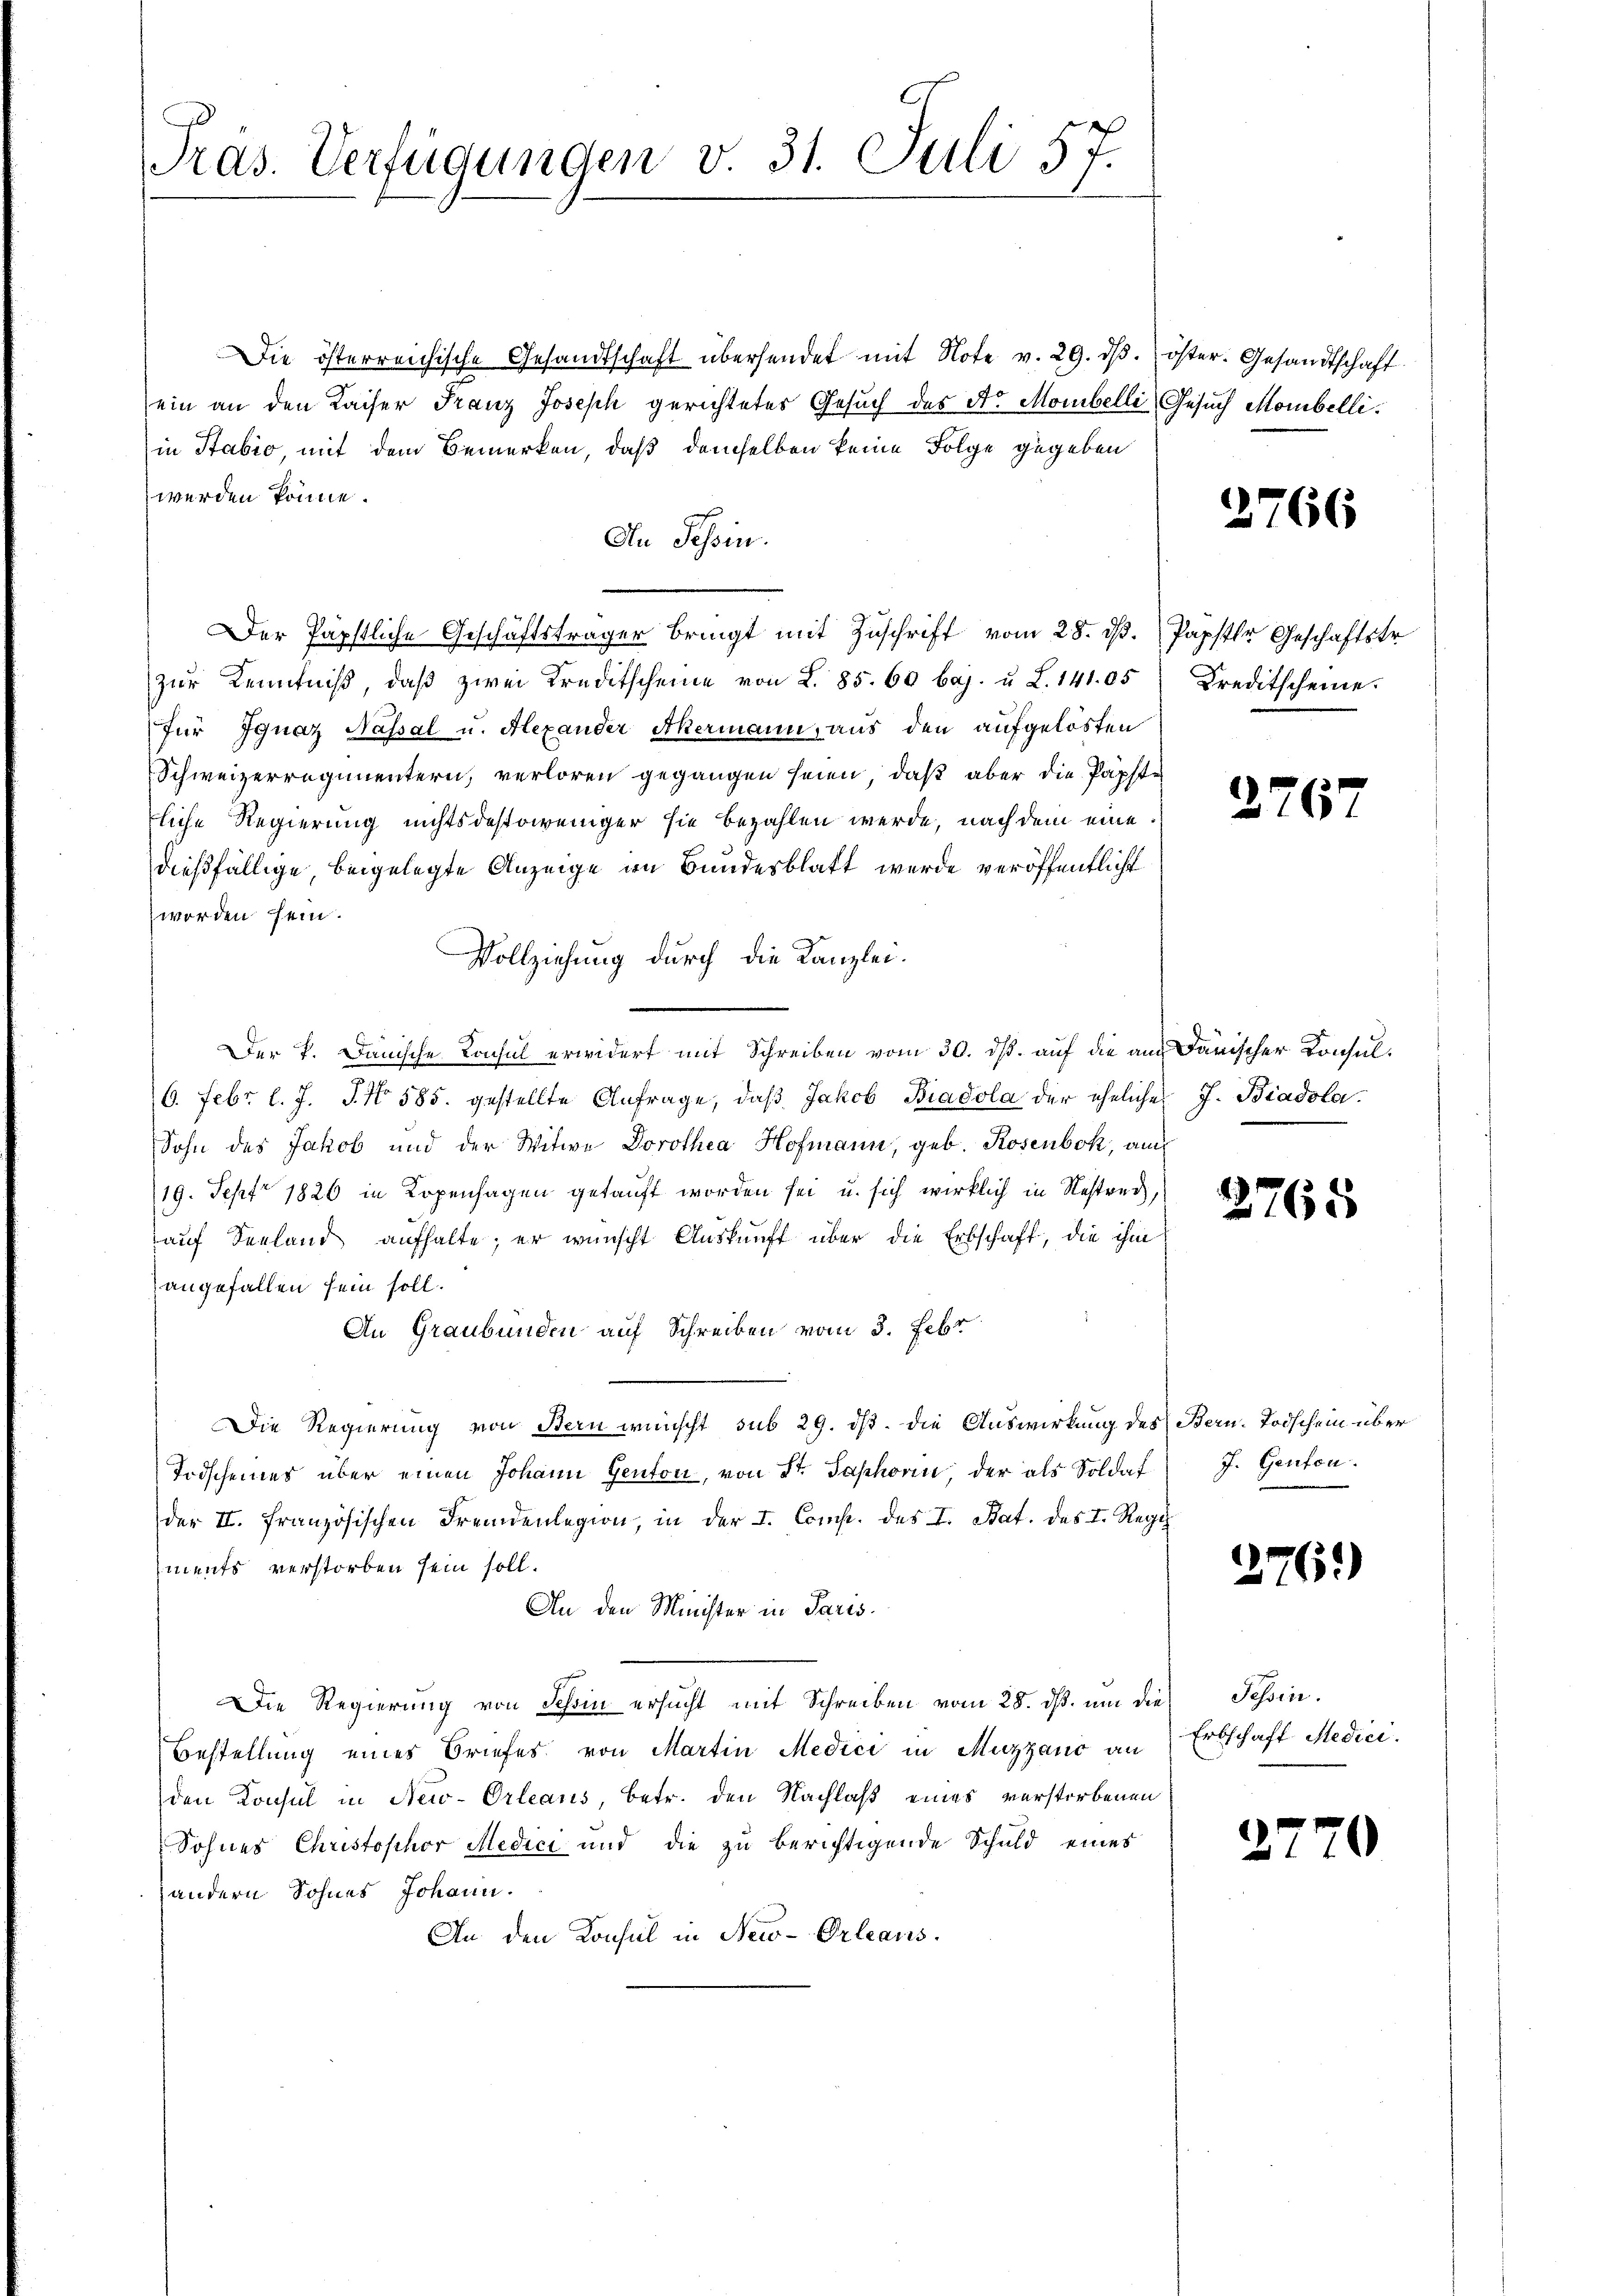
Pras. Verfügungen v. 31. Juli 57.

Die österreichische Gesandtschaft übersendet mit Note v. 29. dβ. öster. Gesandtschaft
ein an den Kaiser Franz Joseph gerichtetes Gesuch des Str. Monibelli
in Stabio, mit dem Bemerken, daß demselben keine Folge gegeben
werden könne.
An Tessin.
Der Päpstliche Geschäftsträger bringt mit Zuschrift vom 28. ds. Papster Geschäftstr
zur Kenntniß, daß zwei Kreditscheine von L. 85. 60 baj. u. L. 141. 05
für Ignaz Nassal u. Alexander Akermann, aus den aufgelösten
Schweizerregimentern, verloren gegangen seien, daß aber die Papste
liche Regierung nichtsdestoweniger sie bezahlen werde, nach dem eine
dießfällige beigelegte Anzeige in Bundesblatt werde veröffentlicht
worden sein.
Vollziehung durch die Kanzlei.
Der k. Danische Konsul erwidert mit Schreiben vom 30. ds. auf die aus darischer Konsul¬
6. Febr. l. J. J. No. 585. gestellte Anfrage, daβ Jakob Biadola der eheliches J. Biadola¬
Sohn des Jakob und der Witwe Dorothea Hofmann, geb. Rosenbök, auch
19. Sept 1826 in Kopenhagen getauft worden sei u. sich wirklich in Restrech,
auf Seeland aufhalte; er wünscht Auskunft über die Erbschaft, die ihm
angefallen sein soll.
An Graubünden auf Schreiben vom 3. Febr.
Die Regierung von Bern wünscht sub 29. ds. die Auswirkung des Bern-Todschein über
Todscheines über einen Johann Genton, von St. Saphorn, der als Soldat
der II. Französischen Fremdenlegion, in der I. Comp. des I. Bat. des I. Regi
ments verstorben sein soll.
An den Minister in Paris.
Die Regierŭng von Schin ersŭcht mit Schreiben vom 28. dβ. ŭm die Tessin.
Bestellung eines Briefes von Martin Medici in Muzzano an
den Konsul in New-Orleans, betr. den Nachlaß eines verstorbenen
Sohnes Christophor Medici und die zu berichtigende Schuld eines
andern Sohnes Johann.
An den Konsul in New-Orleans

Gesuch Mombelli

2766

Kreditscheine.

2767

2765

J. Genton.

2761)

Erbschaft Medici

2770